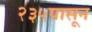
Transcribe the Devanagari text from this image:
२३५पासून